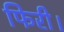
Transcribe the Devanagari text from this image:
फिरी।